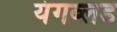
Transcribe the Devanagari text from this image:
यंगब्लड